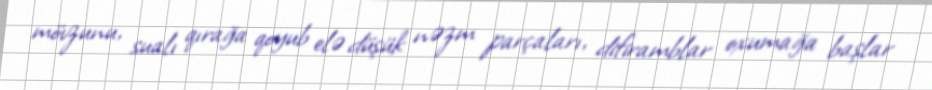
mövzunu, sualı qırağa qoyub elə düşük nəzm parçaları, difiramblar oxumağa başlar